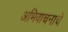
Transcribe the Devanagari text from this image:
अभिवाचनाचे